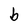
Character: b